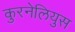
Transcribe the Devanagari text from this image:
कुरनेलियुस